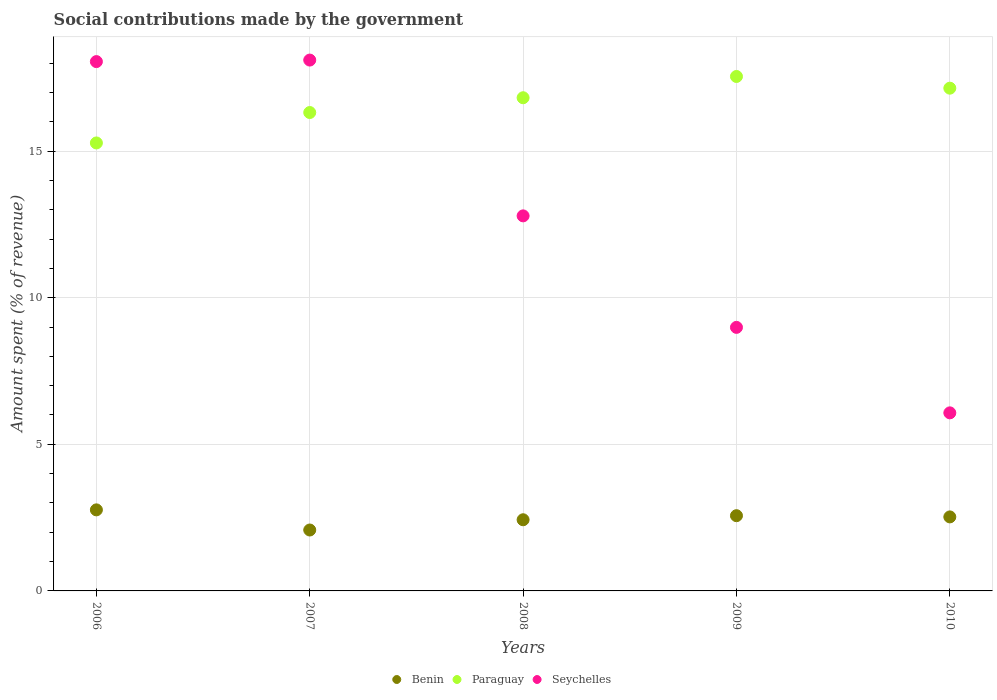
| Years | Benin | Paraguay | Seychelles |
 | --- | --- | --- | --- |
 | 2006 | 2.76 | 15.3 | 18.1 |
 | 2007 | 2.08 | 16.3 | 18.1 |
 | 2008 | 2.43 | 16.8 | 12.8 |
 | 2009 | 2.57 | 17.5 | 8.99 |
 | 2010 | 2.52 | 17.1 | 6.07 |